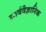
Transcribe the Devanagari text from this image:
सार्ववैज्ञानिक